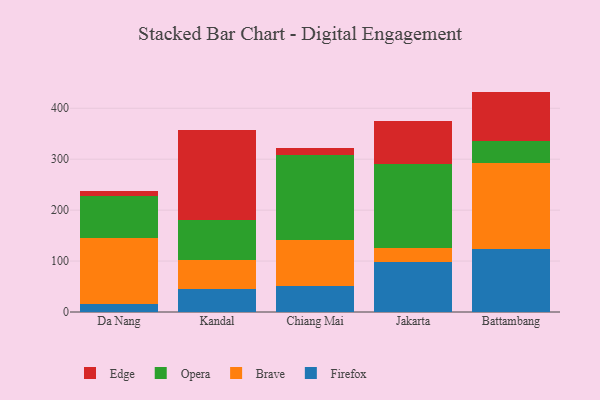
{"axis": {"x": "City", "y": "Customer Acquisition Cost (USD)"}, "legend": ["Brave", "Edge", "Firefox", "Opera"], "data": [{"x": "Da Nang", "y": 15.3, "type": "Firefox"}, {"x": "Da Nang", "y": 129.9, "type": "Brave"}, {"x": "Da Nang", "y": 82.1, "type": "Opera"}, {"x": "Da Nang", "y": 9.3, "type": "Edge"}, {"x": "Kandal", "y": 45.9, "type": "Firefox"}, {"x": "Kandal", "y": 56.1, "type": "Brave"}, {"x": "Kandal", "y": 78.8, "type": "Opera"}, {"x": "Kandal", "y": 175.9, "type": "Edge"}, {"x": "Chiang Mai", "y": 51.4, "type": "Firefox"}, {"x": "Chiang Mai", "y": 90.0, "type": "Brave"}, {"x": "Chiang Mai", "y": 166.6, "type": "Opera"}, {"x": "Chiang Mai", "y": 14.0, "type": "Edge"}, {"x": "Jakarta", "y": 97.5, "type": "Firefox"}, {"x": "Jakarta", "y": 27.5, "type": "Brave"}, {"x": "Jakarta", "y": 166.2, "type": "Opera"}, {"x": "Jakarta", "y": 83.0, "type": "Edge"}, {"x": "Battambang", "y": 123.9, "type": "Firefox"}, {"x": "Battambang", "y": 168.6, "type": "Brave"}, {"x": "Battambang", "y": 42.7, "type": "Opera"}, {"x": "Battambang", "y": 97.5, "type": "Edge"}]}